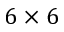
6 \times 6